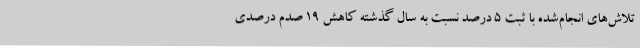
تلاش‌های انجام‌شده با ثبت 5 درصد نسبت به سال گذشته کاهش 19 صدم درصدی